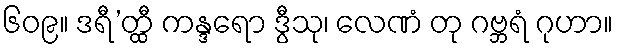
၆၀၉။ ဒရီ’တ္ထီ ကန္ဒရော ဒွီသု၊ လေဏံ တု ဂဗ္ဘရံ ဂုဟာ။